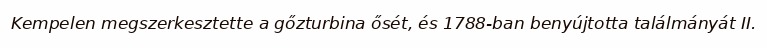
Kempelen megszerkesztette a gőzturbina ősét, és 1788-ban benyújtotta találmányát II.